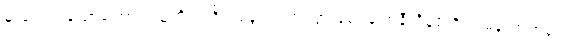
မူးဝေလာသောကြောင့် သူကိုယ်တိုင် ခွေလဲမကျသွားစေရန် အနီးရှိနံရံကို ကမန်းကတန်း